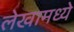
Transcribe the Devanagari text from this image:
लेखामध्येे